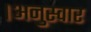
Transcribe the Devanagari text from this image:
।अनुस्वार